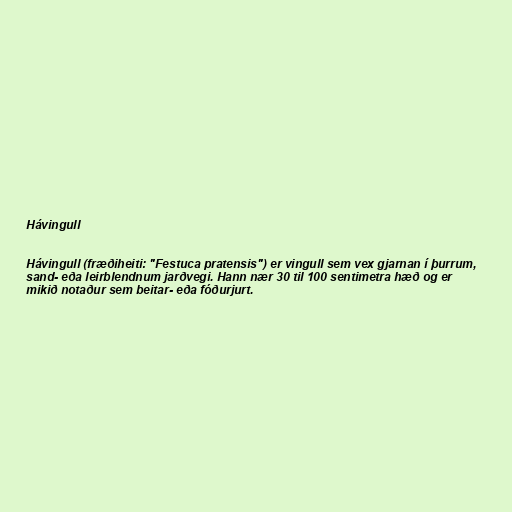
Hávingull

Hávingull (fræðiheiti: "Festuca pratensis") er vingull sem vex gjarnan í þurrum,
sand- eða leirblendnum jarðvegi. Hann nær 30 til 100 sentimetra hæð og er
mikið notaður sem beitar- eða fóðurjurt.